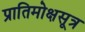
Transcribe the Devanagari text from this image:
प्रातिमोक्षसूत्र